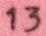
13